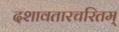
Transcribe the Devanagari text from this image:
दशावतारचरितम्